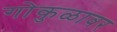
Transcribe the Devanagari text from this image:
गोकुळावर